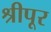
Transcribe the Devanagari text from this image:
श्रीपूर